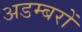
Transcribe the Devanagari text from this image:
अडम्बरों